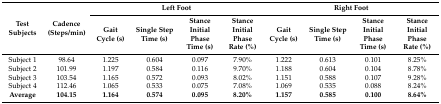
<table><thead><tr><td rowspan="2"><b>Test Subjects</b></td><td rowspan="2"><b>Cadence (Steps/min)</b></td><td colspan="4"><b>Left Foot</b></td><td colspan="4"><b>Right Foot</b></td></tr><tr><td><b>Gait Cycle (s)</b></td><td><b>Single Step Time (s)</b></td><td><b>Stance Initial Phase Time (s)</b></td><td><b>Stance Initial Phase Rate (%)</b></td><td><b>Gait Cycle (s)</b></td><td><b>Single Step Time (s)</b></td><td><b>Stance Initial Phase Time (s)</b></td><td><b>Stance Initial Phase Rate (%)</b></td></tr></thead><tbody><tr><td>Subject 1</td><td>98.64</td><td>1.225</td><td>0.604</td><td>0.097</td><td>7.90%</td><td>1.222</td><td>0.613</td><td>0.101</td><td>8.25%</td></tr><tr><td>Subject 2</td><td>101.99</td><td>1.197</td><td>0.584</td><td>0.116</td><td>9.70%</td><td>1.188</td><td>0.604</td><td>0.104</td><td>8.78%</td></tr><tr><td>Subject 3</td><td>103.54</td><td>1.165</td><td>0.572</td><td>0.093</td><td>8.02%</td><td>1.151</td><td>0.588</td><td>0.107</td><td>9.28%</td></tr><tr><td>Subject 4</td><td>112.46</td><td>1.065</td><td>0.533</td><td>0.075</td><td>7.08%</td><td>1.069</td><td>0.535</td><td>0.088</td><td>8.24%</td></tr><tr><td><b>Average</b></td><td><b>104.15</b></td><td><b>1.164</b></td><td><b>0.574</b></td><td><b>0.095</b></td><td><b>8.20%</b></td><td><b>1.157</b></td><td><b>0.585</b></td><td><b>0.100</b></td><td><b>8.64%</b></td></tr></tbody></table>